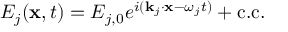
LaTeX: E _ { j } ( \mathbf { x } , t ) = E _ { j , 0 } e ^ { i ( \mathbf { k } _ { j } \cdot \mathbf { x } - \omega _ { j } t ) } + { \mathrm { c . c . } }